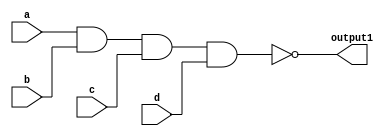
`timescale 1ns / 1ps
//////////////////////////////////////////////////////////////////////////////////
// Company: 
// Engineer: 
// 
// Design Name: 
// Module Name: NAND_V
// Project Name: 
// Target Devices: 
// Tool Versions: 
// Description: 
// 
// Dependencies: 
// 
// Revision:
// Revision 0.01 - File Created
// Additional Comments:
// 
//////////////////////////////////////////////////////////////////////////////////


module NAND_V #(parameter Port_Num = 2,WIDTH = 1)(
    input[(WIDTH -1):0] a,
    input[(WIDTH -1):0] b,
    input[(WIDTH -1):0] c,
    input[(WIDTH -1):0] d,
    output[(WIDTH -1):0] output1
    );
    assign output1 = ~(a & b & c &d);
    //assign output1 = ~(a & b & c);
endmodule